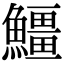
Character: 䲔